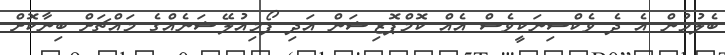
ބެލުމުން އެ ދެ ވެކްސިނަކީވެސް އެއް ކޮމްޕޮޒިޝަން އަދި ފޯމިއުލޭޝަނެއްގެ މައްޗަށް ބިނާކޮށް